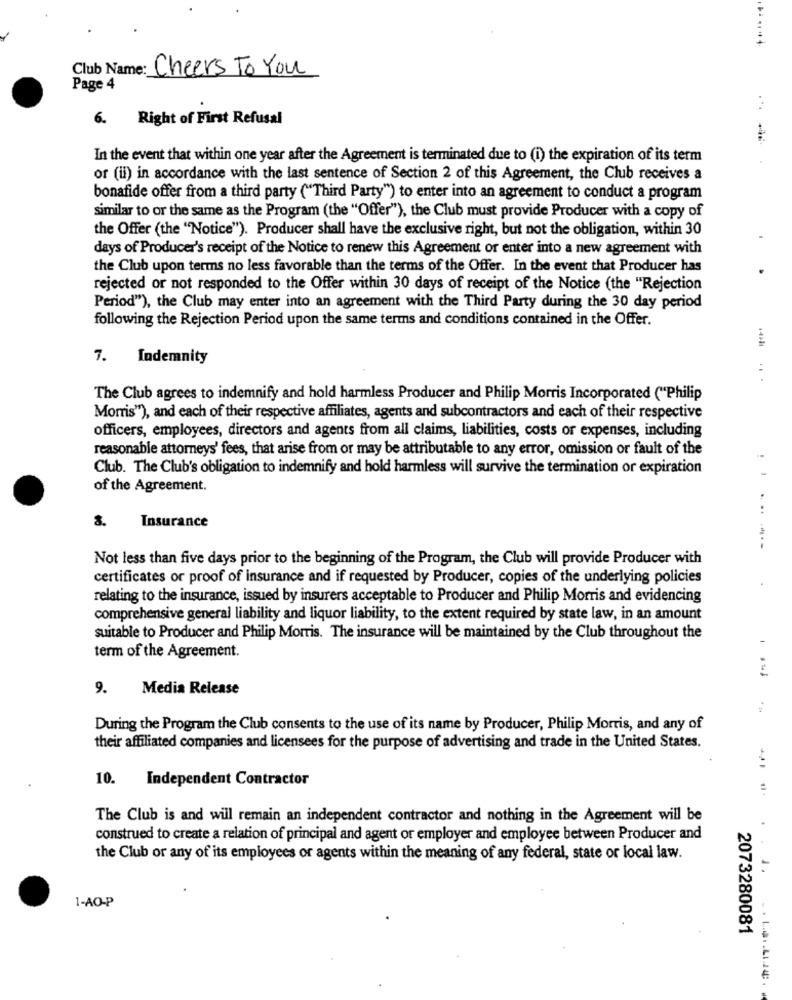
Club Name: Cheers To You
Page 4
...
6. Right of First Refusal
In the event that within one year after the Agreement is terminated due to (i) the expiration of its term
or (ii) in accordance with the last sentence of Section 2 of this Agreement, the Club receives a
bonafide offer from a third party ("Third Party") to enter into an agreement to conduct a program
similar to or the same as the Program (the "Offer"), the Club must provide Producer with a copy of
the Offer (the "Notice"). Producer shall have the exclusive right, but not the obligation, within 30
days of Producer's receipt of the Notice to renew this Agreement or enter into a new agreement with
the Club upon terms no less favorable than the terms of the Offer. In the event that Producer has
rejected or not responded to the Offer within 30 days of receipt of the Notice (the "Rejection
Period"), the Club may enter into an agreement with the Third Party during the 30 day period
following the Rejection Period upon the same terms and conditions contained in the Offer.
4221
7. Indemnity
.. .
The Club agrees to indemnify and hold harmless Producer and Philip Morris Incorporated ("Philip
Morris"), and each of their respective affiliates, agents and subcontractors and each of their respective
officers, employees, directors and agents from all claims, liabilities, costs or expenses, including
reasonable attorneys' fees, that arise from or may be attributable to any error, omission or fault of the
Club. The Club's obligation to indemnify and hold harmless will survive the termination or expiration
of the Agreement.
....
8.
Insurance
Not less than five days prior to the beginning of the Program, the Club will provide Producer with
certificates or proof of insurance and if requested by Producer, copies of the underlying policies
relating to the insurance, issued by insurers acceptable to Producer and Philip Morris and evidencing
comprehensive general liability and liquor liability, to the extent required by state law, in an amount
suitable to Producer and Philip Morris. The insurance will be maintained by the Club throughout the
term of the Agreement.
9. Media Release
During the Program the Club consents to the use of its name by Producer, Philip Morris, and any of
their affiliated companies and licensees for the purpose of advertising and trade in the United States.
10.
Independent Contractor
The Club is and will remain an independent contractor and nothing in the Agreement will be
construed to create a relation of principal and agent or employer and employee between Producer and
the Club or any of its employees or agents within the meaning of any federal, state or local law.
-
1-AO-P
2073280081